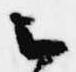
云